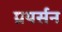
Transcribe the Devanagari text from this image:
ग्रयर्सन